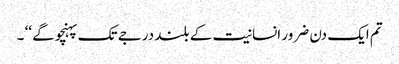
تم ایک دن ضرور انسانیت کے بلند درجے تک پہنچو گے ‘‘ ۔